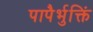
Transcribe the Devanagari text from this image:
पापैर्भुक्तिं